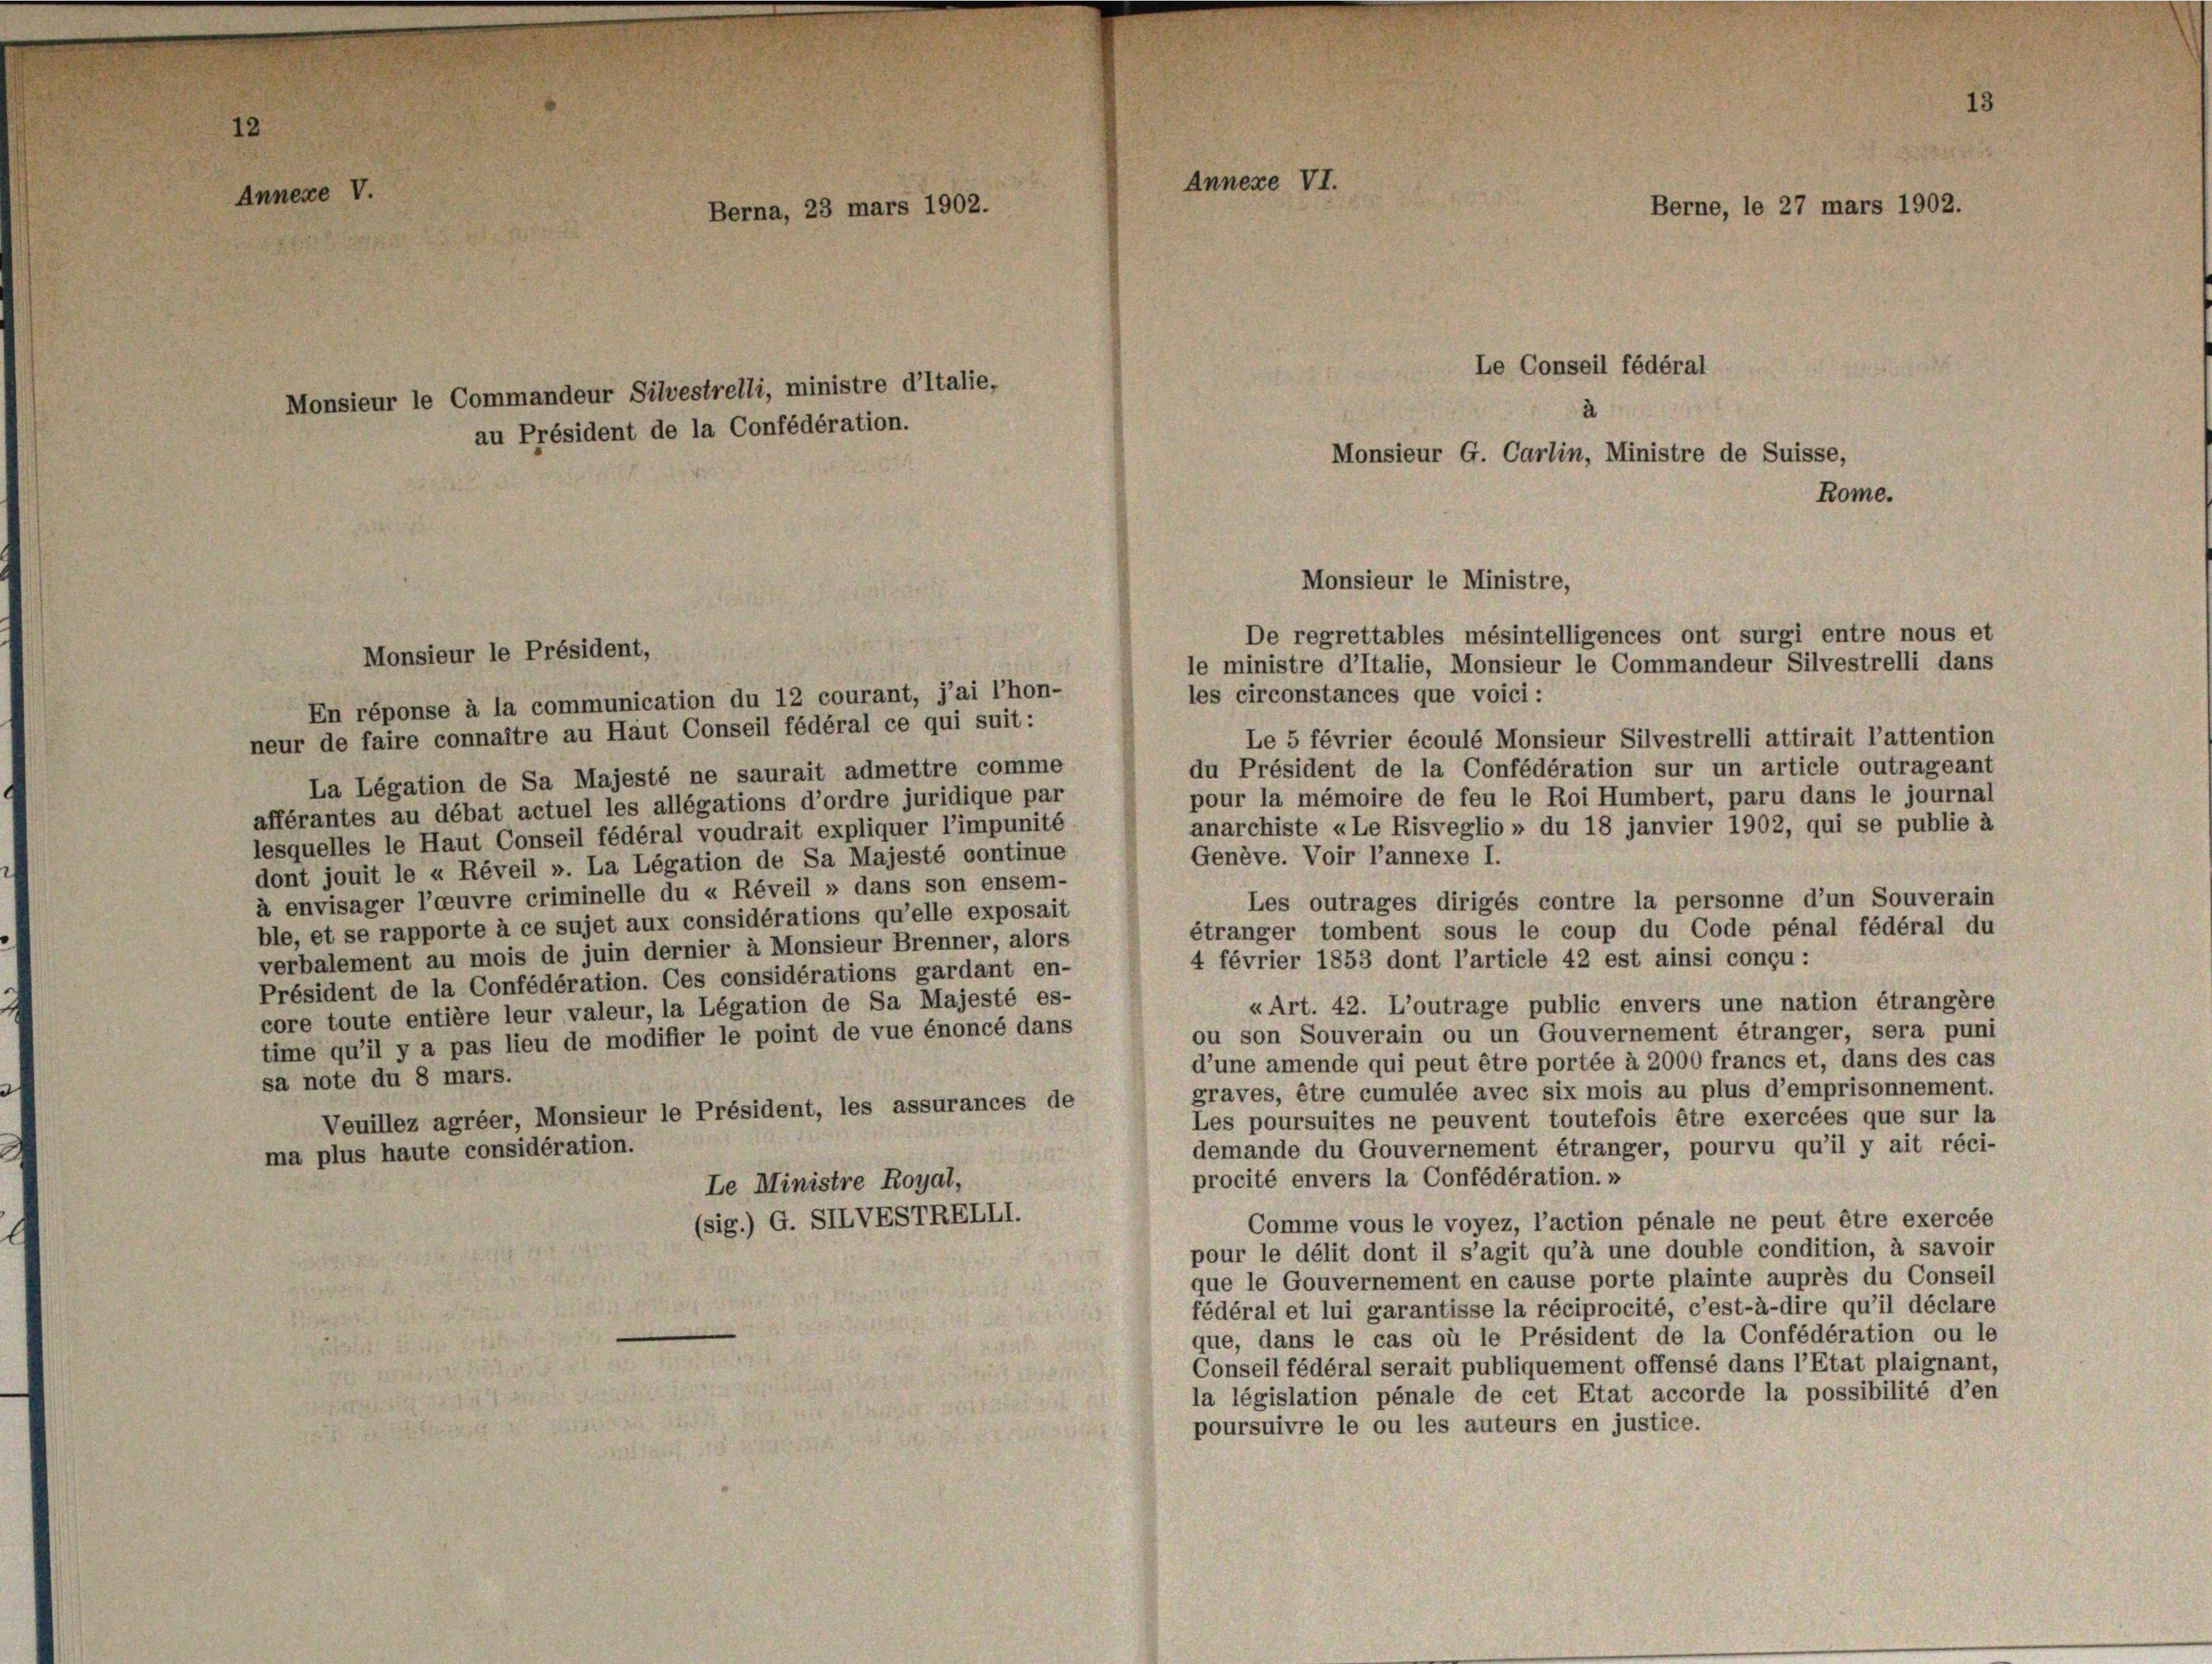
12

Annexe V.

Monsieur le Commandeur Silvestrelli, ministre d’Italie,
au Président de la Confédération.

Berna, 23 mars 1902.

De regrettables mésintelligences ont surgi entre nous et
le ministre d’Italie, Monsieur le Commandeur Silvestrelli dans
les circonstances que voici:
neur de faire connaître au Haut Conseil fédéral ce qui suit:
Le 5 février écoulé Monsieur Silvestrelli attirait l’attention
du Président de la Confédération sur un article outrageant
La Légation de Sa Majesté ne saurait admettre comme
pour la mémoire de feu le Roi Humbert, paru dans le journal
afférantes au débat actuel les allégations d’ordre juridique par
anarchiste «Le Risveglio » du 18 janvier 1902, qui se publie à
lesquelles le Haut Conseil fédéral voudrait expliquer l’impunité
Genève. Voir l’annexe I.
dont jouit le « Réveil ». La Légation de Sa Majesté continue
à envisager l’oeuvre criminelle du « Réveil » dans son ensem-
Les outrages dirigés contre la personne d’un Souverain
ble, et se rapporte à ce sujet aux considérations qu’elle exposait
étranger tombent sous le coup du Code pénal fédéral du
verbalement au mois de juin dernier à Monsieur Brenner, alors
4 février 1853 dont l’article 42 est ainsi conçu:
Président de la Confédération. Ces considérations gardant en-
« Art. 42. L’outrage public envers une nation étrangère
core toute entière leur valeur, la Légation de Sa Majesté es-
ou son Souverain ou un Gouvernement étranger, sera puni
time qu’il y a pas lieu de modifier le point de vue énoncé dans
d’une amende qui peut être portée à 2000 francs et, dans des cas
sa note du 8 mars.
graves, être cumulée avec six mois au plus d’emprisonnement.
Veuillez agréer, Monsieur le Président, les assurances de
Les poursuites ne peuvent toutefois être exercées que sur la
demande du Gouvernement étranger, pourvu qu’il y ait réci-
ma plus haute considération.
procité envers la Confédération.»
Le Ministre Royal,
(sig.) G. SIIVESTRELLI.
Comme vous le voyez, l’action pénale ne peut être exercée
pour le délit dont il s’agit qu’à une double condition, à savoir
que le Gouvernement en cause porte plainte auprès du Conseil
fédéral et lui garantisse la réciprocité, c’est-à-dire qu’il déclare
que, dans le cas où le Président de la Confédération ou le
Conseil fédéral serait publiquement offensé dans l’Etat plaignant,
la législation pénale de cet Etat accorde la possibilité d’en
poursuivre le ou les auteurs en justice.

Monsieur le Président,
En réponse à la communication du 12 courant, j’ai l’hon-

Annexe VI.

Monsieur G. Carlin, Ministre de Suisse,

Monsieur le Ministre,

Le Conseil fédéral

Berne, le 27 mars 1902.

Rome.

1.